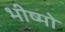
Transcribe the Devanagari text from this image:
भीष्मो